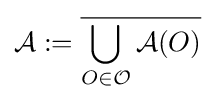
{\mathcal {A}}:={\overline {\bigcup _{O\in {\mathcal {O}}}{\mathcal {A}}(O)}}